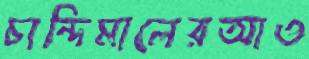
চান্দিমালেরআও